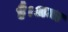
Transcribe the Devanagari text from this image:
है।अन्ध